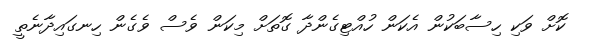
ކޮށް ވަކި ހިސާބަކުން އެކަން ހުއްޓިގެންދާ ގޮތަށް މިކަން ވެސް ވެގެން ހިނގައިދާނެތީ